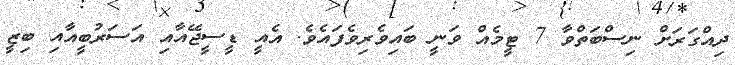
ދިއްގަރަށް ނިސްބަތްވާ 7 ޓީމެއް ވަނީ ބައިވެރިވެފައެވެ. އެއީ ޑީސީޖޭއާއި އަސަރުބީއާއި ބިޒީ